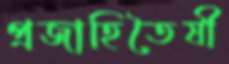
প্রজাহিতৈষী